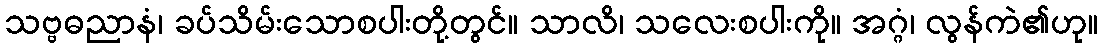
သဗ္ဗဓညာနံ၊ ခပ်သိမ်းသောစပါးတို့တွင်။ သာလိ၊ သလေးစပါးကို။ အဂ္ဂံ၊ လွန်ကဲ၏ဟု။